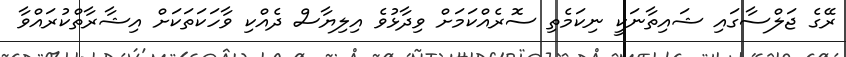
ރޭގެ ޖަލްސާގައި ޝައިތާނަކީ ނިކަމެތި ސޮރެއްކަމަށް ވިދާޅުވެ އިލިޔާސް ދެއްކި ވާހަކަތަކަށް އިޝާރާތްކުރައްވާ